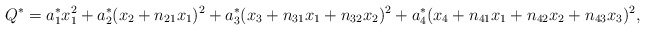
\begin{align*}Q^{*} = a_{1}^{*} x_{1}^{2} + a_{2}^{*} (x_{2} + n_{21} x_{1})^{2}+ a_{3}^{*} (x_{3} + n_{31} x_{1} + n_{32} x_{2})^{2} + a_{4}^{*} (x_{4} + n_{41} x_{1} + n_{42} x_{2} + n_{43} x_{3})^{2},\end{align*}